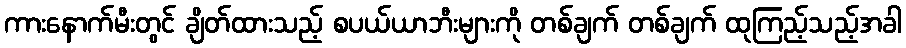
ကားနောက်မီးတွင် ချိတ်ထားသည့် စပယ်ယာဘီးများကို တစ်ချက် တစ်ချက် ထုကြည့်သည့်အခါ